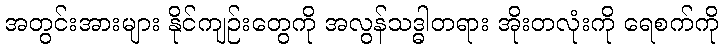
အတွင်းအားများ နိုင်ကျဉ်းတွေကို အလွန်သဒ္ဓါတရား အိုးတလုံးကို ရေစက်ကို